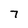
Character: 7